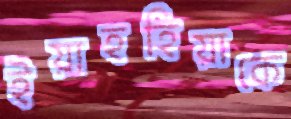
ইয়াহহিয়াকে